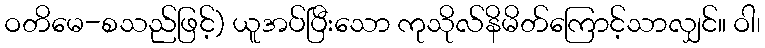
ဝတိမေ-စသည်ဖြင့်) ယူအပ်ပြီးသော ကုသိုလ်နိမိတ်ကြောင့်သာလျှင်။ ဝါ၊